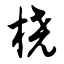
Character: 桡